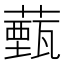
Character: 薽